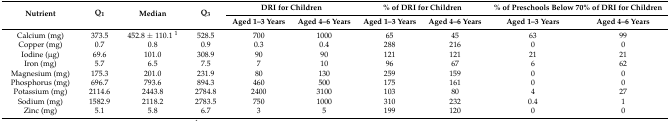
| <ROWSPAN=2> Nutrient | <ROWSPAN=2> Q1 | <ROWSPAN=2> Median | <ROWSPAN=2> Q3 | <COLSPAN=2> DRI for Children | <COLSPAN=2> % of DRI for Children | <COLSPAN=2> % of Preschools Below 70% of DRI for Children |
 | Aged 1–3 Years | Aged 4–6 Years | Aged 1–3 Years | Aged 4–6 Years | Aged 1–3 Years | Aged 4–6 Years |
 | --- | --- | --- | --- | --- | --- | --- | --- | --- | --- |
 | Calcium (mg) | 373.5 | 452.8 ± 110.1 1 | 528.5 | 700 | 1000 | 65 | 45 | 63 | 99 |
 | Copper (mg) | 0.7 | 0.8 | 0.9 | 0.3 | 0.4 | 288 | 216 | 0 | 0 |
 | Iodine (μg) | 69.6 | 101.0 | 308.9 | 90 | 90 | 121 | 121 | 21 | 21 |
 | Iron (mg) | 5.7 | 6.5 | 7.5 | 7 | 10 | 96 | 67 | 6 | 62 |
 | Magnesium (mg) | 175.3 | 201.0 | 231.9 | 80 | 130 | 259 | 159 | 0 | 0 |
 | Phosphorus (mg) | 696.7 | 793.6 | 894.3 | 460 | 500 | 175 | 161 | 0 | 0 |
 | Potassium (mg) | 2114.6 | 2443.8 | 2784.8 | 2400 | 3100 | 103 | 80 | 4 | 27 |
 | Sodium (mg) | 1582.9 | 2118.2 | 2783.5 | 750 | 1000 | 310 | 232 | 0.4 | 1 |
 | Zinc (mg) | 5.1 | 5.8 | 6.7 | 3 | 5 | 199 | 120 | 0 | 0 |